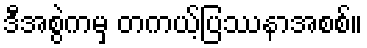
ဒီအစွဲကမှ တကယ့်ပြဿနာအစစ်။